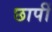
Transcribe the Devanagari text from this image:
छापीं